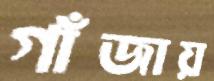
গাঁজায়